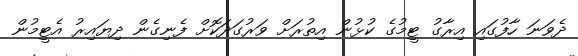
ދެވަނަ ހާފުގައި އިރާގު ޓީމުގެ ކުޅުން އިތުރަށް ވަރުގަދަކޮށް ފެނިގެން ދިޔައިރު އެޓީމުން